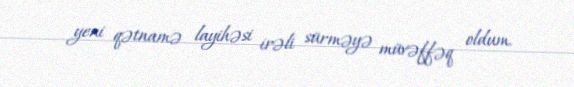
yeni qətnamə layihəsi irəli sürməyə müvəffəq oldum.